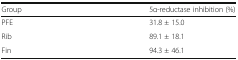
<table><thead><tr><td><b>Group</b></td><td><b>5α-reductase inhibition (%)</b></td></tr></thead><tbody><tr><td>PFE</td><td>31.8 ± 15.0</td></tr><tr><td>Rib</td><td>89.1 ± 18.1</td></tr><tr><td>Fin</td><td>94.3 ± 46.1</td></tr></tbody></table>